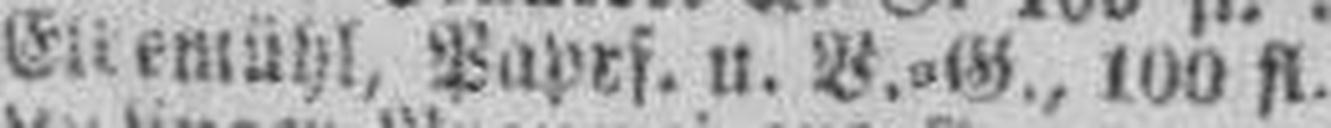
Eltemühl, Paprf. u. V.=G., 100 fl.